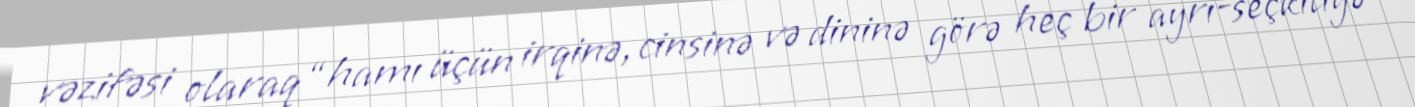
vəzifəsi olaraq “hamı üçün irqinə, cinsinə və dininə görə heç bir ayrı-seçkiliyə